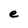
Character: e